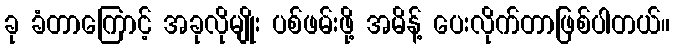
ခု ခံတာကြောင့် အခုလိုမျိုး ပစ်ဖမ်းဖို့ အမိန့် ပေးလိုက်တာဖြစ်ပါတယ်။